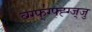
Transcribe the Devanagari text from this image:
व्ग्ग्फ्॑ग्फ्ह्ग्ज्जु